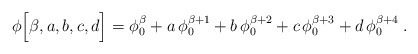
\begin{align*}\phi \Big[\beta, a, b, c, d \Big] = \phi_0^\beta + a \, \phi_0^{\beta+1} + b \, \phi_0^{\beta+2} + c \, \phi_0^{\beta+3} + d \, \phi_0^{\beta+4} \; .\end{align*}